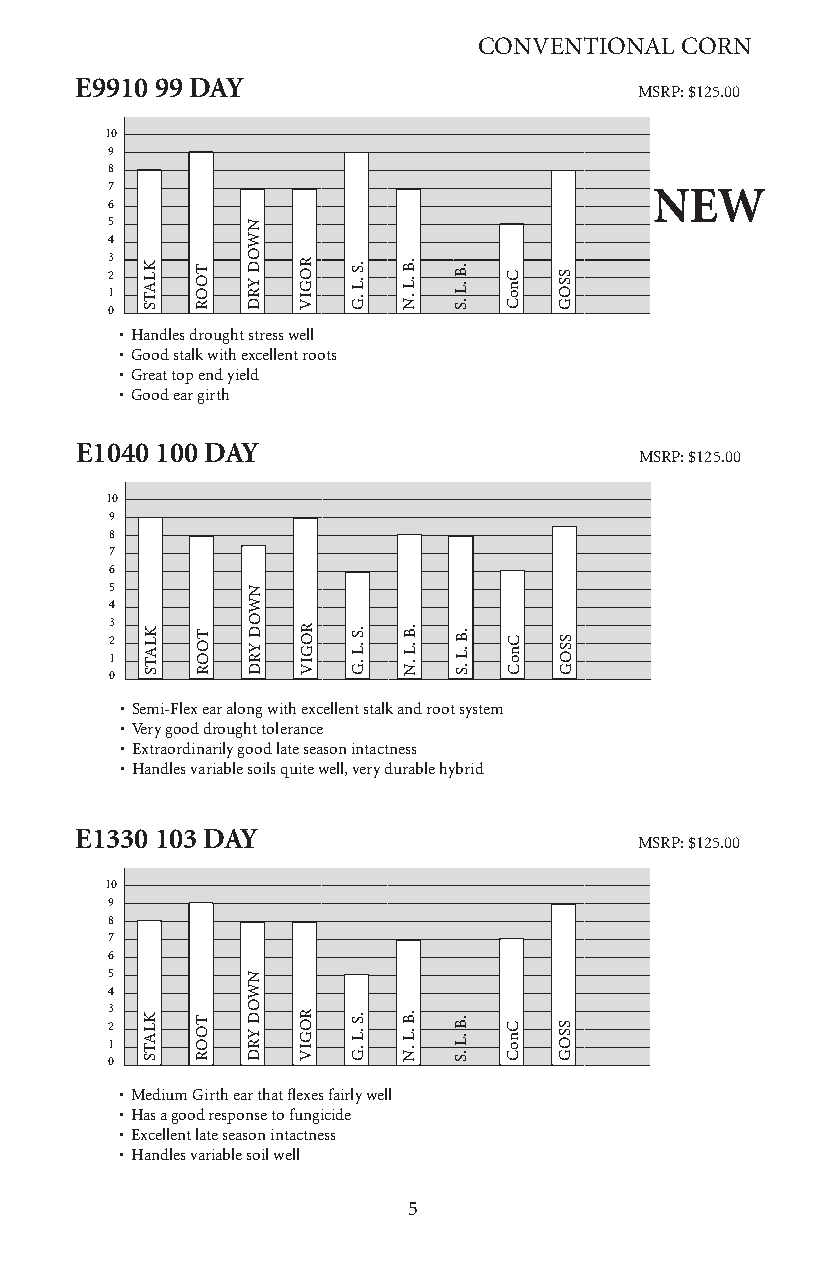
CONVENTIONAL CORN
 E9910 99 DAY
 MSRP: $125.00
 10
 9
 8
 7                                   NEW
 6
 5
 4
 3 2
 1
 0
 • Handles drought stress well
 • Good stalk with excellent roots
 • Great top end yield
 • Good ear girth
 E1040 100 DAY
 MSRP: $125.00
 10
 9
 8
 7
 6
 5
 4
 3 2
 1
 0
 • Semi-Flex ear along with excellent stalk and root system
 • Very good drought tolerance
 • Extraordinarily good late season intactness
 • Handles variable soils quite well, very durable hybrid
 E1330 103 DAY
 MSRP: $125.00
 10
 9
 8
 7
 6
 5
 4
 3 2
 1
 0
 • Medium Girth ear that flexes fairly well
 • Has a good response to fungicide
 • Excellent late season intactness
 • Handles variable soil well
 5
 KLATS
 KLATS
 KLATS
 TOOR
 TOOR
 TOOR
 NWOD
 YRD
 NWOD
 YRD
 NWOD
 YRD
 ROGIV
 ROGIV
 ROGIV
 .S .L
 .G
 .S .L
 .G
 .S .L
 .G
 .B .L
 .N
 .B .L
 .N
 .B .L
 .N
 .B .L
 .S
 .B .L
 .S
 .B .L
 .S
 CnoC
 CnoC
 CnoC
 SSOG
 SSOG
 SSOG